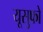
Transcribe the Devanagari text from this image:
यूसुफो